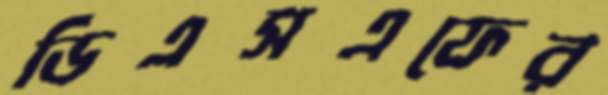
ডিএসএফের